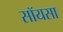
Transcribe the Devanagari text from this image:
सॉयसा